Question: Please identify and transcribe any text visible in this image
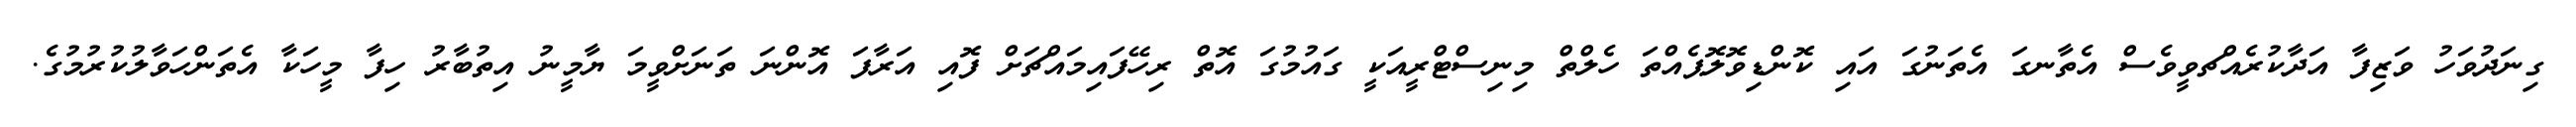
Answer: ގިނަދުވަހު ވަޒިފާ އަދާކުރެއްޗވީވެސް އެތާނގަ އެތަނުގަ އައި ކޮންޑިވޮލޮޕެއްތަ ހެލްތް މިނިސްޓްރީއަކީ ގައުމުގަ އޮތް ރިހޭފައިމައްޗަށް ފޮއި އަރާފަ އޮންނަ ތަނަށްވީމަ ޔާމީނު އިތުބާރު ހިފާ މީހަކާ އެތަންހަވާލުކުރުމުގެ.